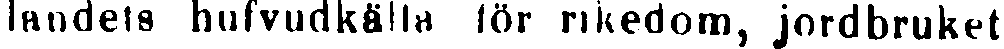
landets hufvudkälla för rikedom, jordbruket